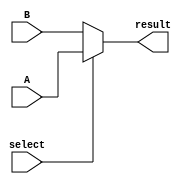
module mux (
    input wire [31:0] A,
    input wire [31:0] B,
    input wire select,
    output reg [31:0] result
);

always @(*) begin
    case(select)
        1'b1: result = A;
        default: result = B;
    endcase
end
endmodule